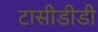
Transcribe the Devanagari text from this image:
टासीडीडी